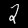
Digit: 2